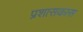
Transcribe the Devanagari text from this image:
प्रशासकास